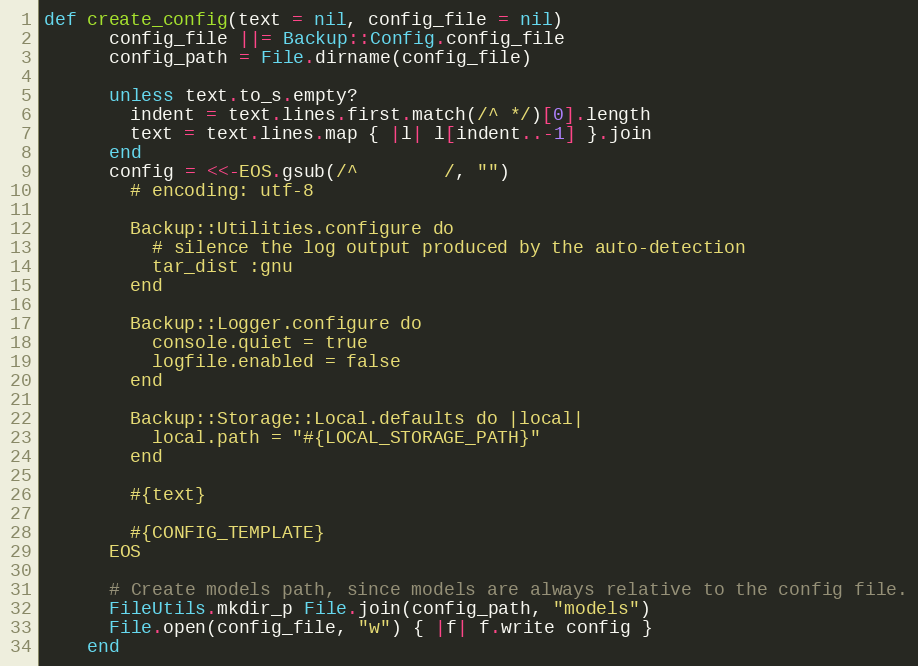
Language: Ruby
def create_config(text = nil, config_file = nil)
      config_file ||= Backup::Config.config_file
      config_path = File.dirname(config_file)

      unless text.to_s.empty?
        indent = text.lines.first.match(/^ */)[0].length
        text = text.lines.map { |l| l[indent..-1] }.join
      end
      config = <<-EOS.gsub(/^        /, "")
        # encoding: utf-8

        Backup::Utilities.configure do
          # silence the log output produced by the auto-detection
          tar_dist :gnu
        end

        Backup::Logger.configure do
          console.quiet = true
          logfile.enabled = false
        end

        Backup::Storage::Local.defaults do |local|
          local.path = "#{LOCAL_STORAGE_PATH}"
        end

        #{text}

        #{CONFIG_TEMPLATE}
      EOS

      # Create models path, since models are always relative to the config file.
      FileUtils.mkdir_p File.join(config_path, "models")
      File.open(config_file, "w") { |f| f.write config }
    end